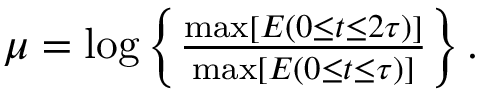
\begin{array} { r } { \mu = \log \left\{ \frac { \operatorname* { m a x } \left[ E \left( 0 \le t \le 2 \tau \right) \right] } { \operatorname* { m a x } \left[ E \left( 0 \le t \le \tau \right) \right] } \right\} . } \end{array}